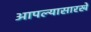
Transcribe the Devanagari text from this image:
आपल्यासारखे